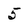
Character: 5